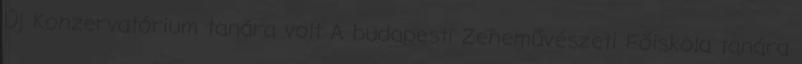
Új Konzervatórium tanára volt A budapesti Zeneművészeti Főiskola tanára